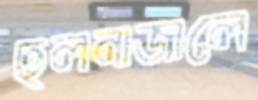
ছলনাজালে